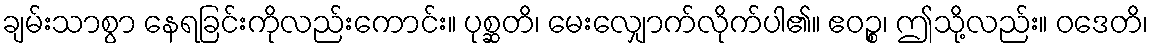
ချမ်းသာစွာ နေရခြင်းကိုလည်းကောင်း။ ပုစ္ဆတိ၊ မေးလျှောက်လိုက်ပါ၏။ ဧဝဉ္စ၊ ဤသို့လည်း။ ဝဒေတိ၊